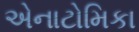
એનાટોમિકા